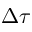
\Delta \tau